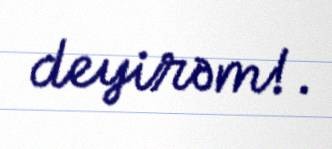
deyirəm!.